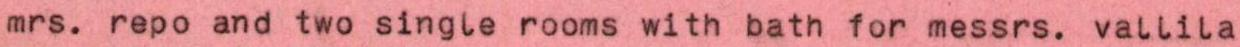
mrs. repo and two single rooms with bath for messrs. vallila